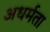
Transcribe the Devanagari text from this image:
अधर्मता